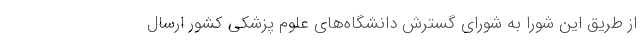
از طریق این شورا به شورای گسترش دانشگاه‌های علوم پزشکی کشور ارسال